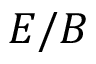
E / B